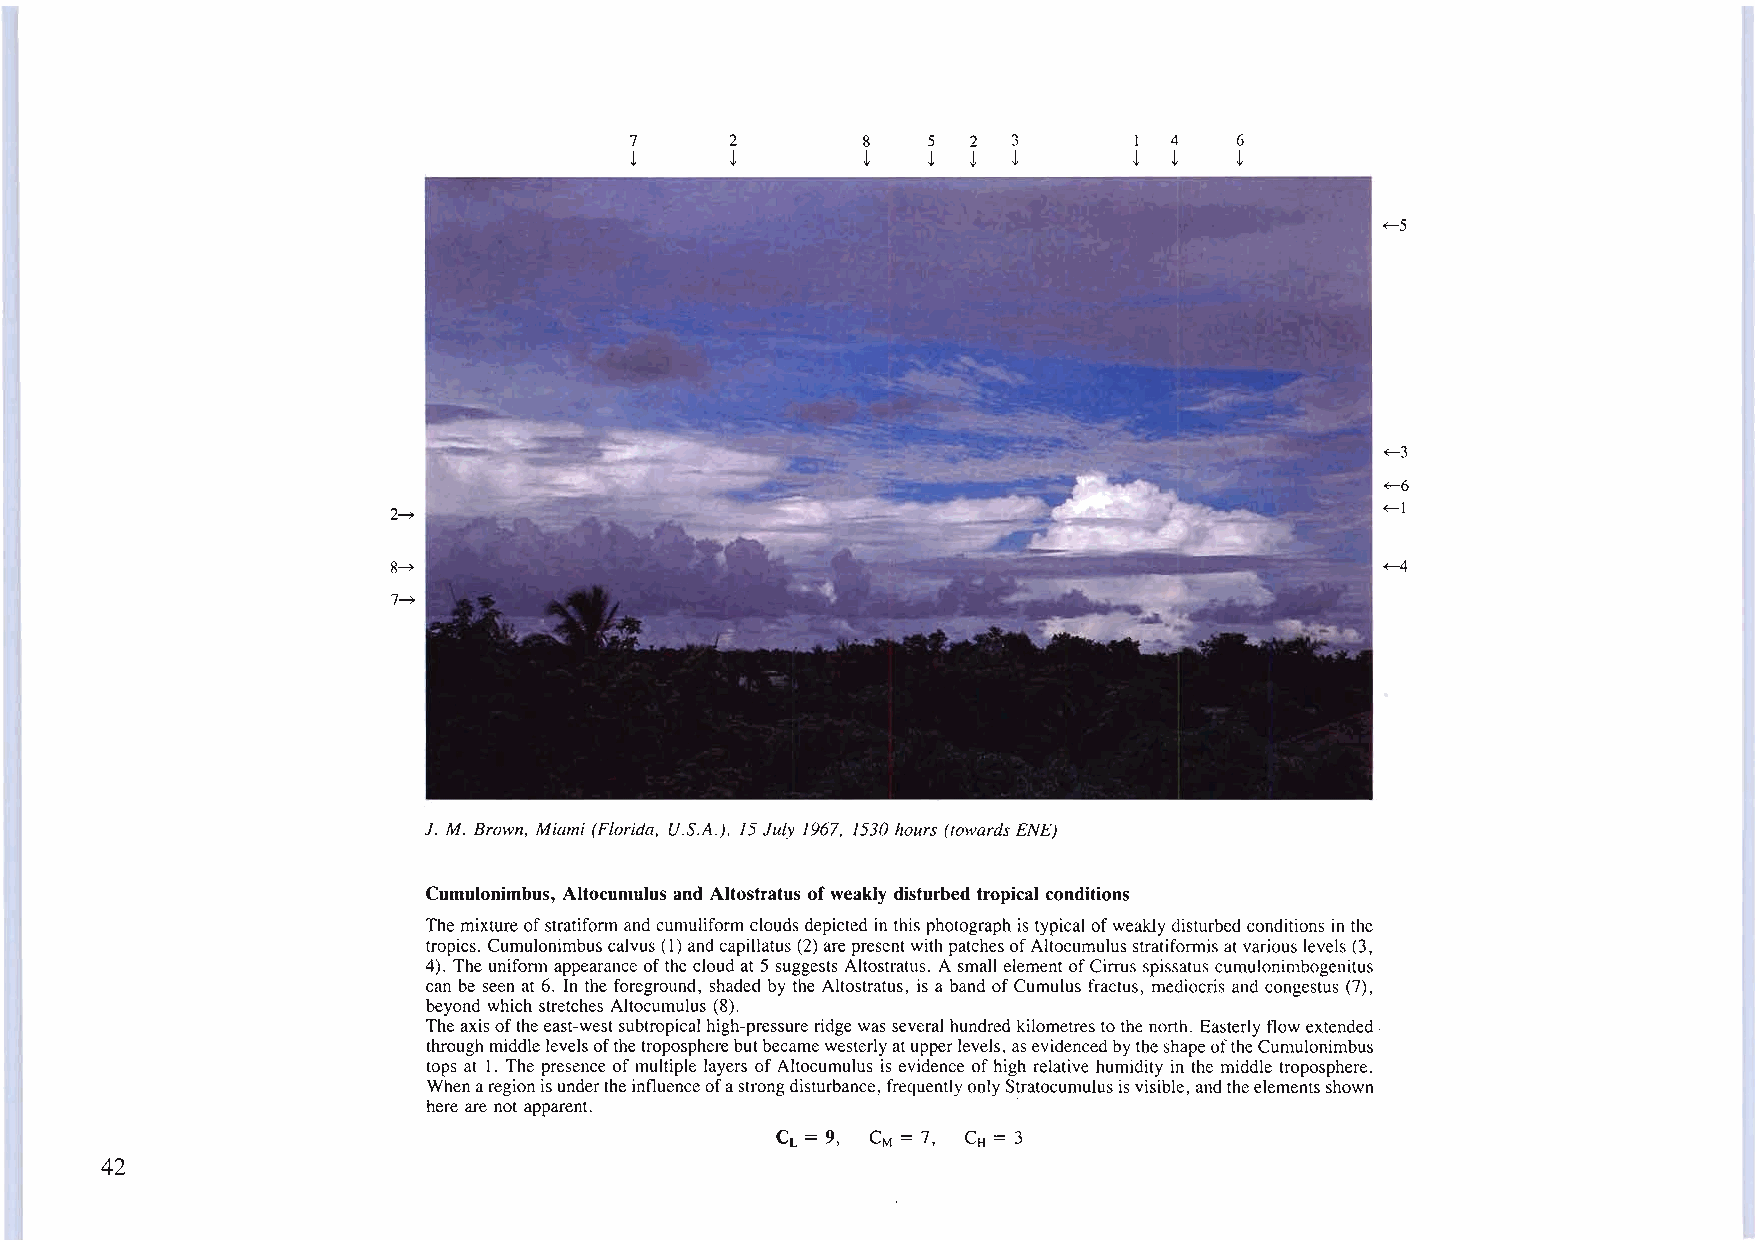
7     2        8   5  2  3       I 4    6
 !     !        !   !  !  !       ! !    !
 +--5
 +--3
 +--6
 +--1
 2~
 8~                                                                ~
 7~
 J. M. Brown, Miami (Florida, U.S.A.), 15July 1967, 1530 hours (towards ENE)
 Cumulonimbus, Altocumulus and Altostratus ofweakly disturbed tropical conditions
 The mixtureofstratiform and cumuliformclouds depicted in this photograph is typicalofweaklydisturbed conditions in the
 tropics. Cumulonimbuscalvus(I) andcapillatus(2)arepresentwith patchesofAltocumulusstratiformisatvarious levels (3,
 4). The uniform appearanceofthe cloud at 5suggests Altostratus. A small elementofCirrus spissatus cumulonimbogenitus
 can be seen at 6. In the foreground, shaded by the Altostratus, is a band ofCumulus fractus, mediocris and congestus (7),
 beyond which stretches Altocumulus (8).
 Theaxisoftheeast-westsubtropical high-pressure ridge was several hundred kilometres to the north. Easterlyflow extended.
 through middlelevelsofthe tropospherebutbecamewesterlyatupperlevels, asevidencedbytheshapeoftheCumulonimbus
 tops at I. The presence of multiple layers ofAltocumulus is evidence ofhigh relative humidity in the middle troposphere.
 Whenaregionisundertheinfluenceofastrongdisturbance, frequentlyonlyStratocumulusisvisible,andtheelementsshown
 here are not apparent.                 .
 CL = 9, CM = 7, CH = 3
 42